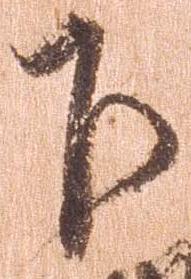
下